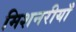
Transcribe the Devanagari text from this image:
मिशनरीयाँ